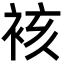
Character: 𮖀